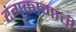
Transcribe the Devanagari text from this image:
रंगकामाची